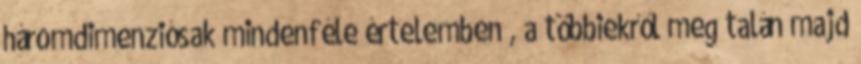
háromdimenziósak mindenféle értelemben , a többiekről meg talán majd